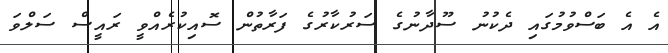
އެ އެ ބަސްވުމުގައި ދެކުނު ސޫދާނުގެ ސަރުކާރުގެ ފަރާތުން ސޮއިކުރެއްވީ ރައީސް ސަލްވަ